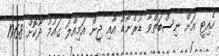
ހެއިޓީ އަށް ނިސްބަތްވާ ޑުރެނޯޑް އާއި ޖީން އަމިއްލަ ގައުމު ދޫކޮށް 1968